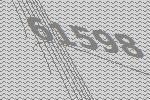
61598